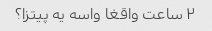
۲ ساعت واقغا واسه یه پیتزا؟